Report of the King Institute of Preventive Medicine, Guindy
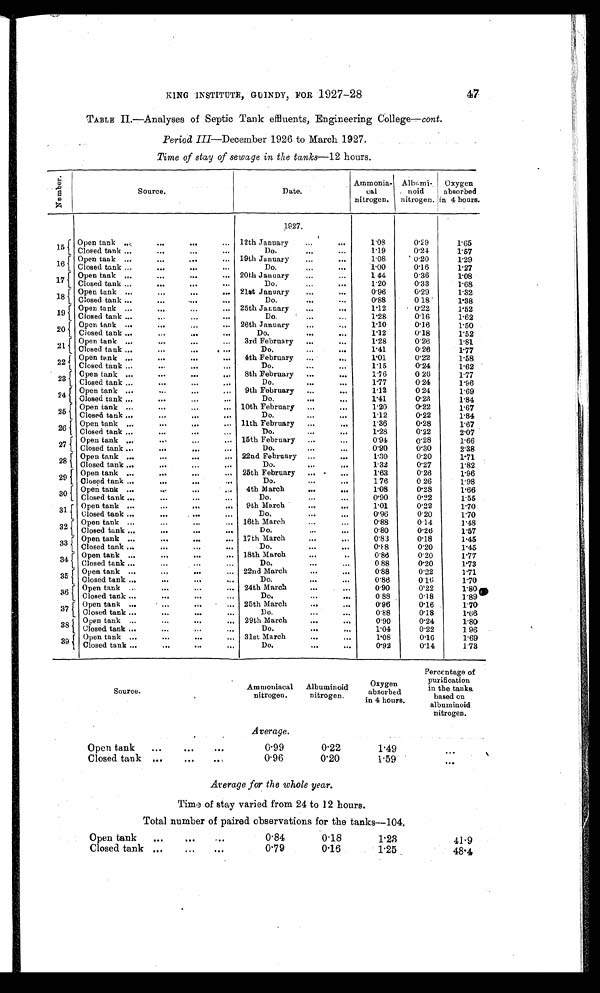
KING INSTITUTE, GUINDY, FOR 1927-28
47
TABLE I1.—Analyses of Septic Tank effluents, Engineering College— cont.
Period III—December 1926 to March 1927.
Time of stay of sewage in the tanks— 12 hours.
N u m b e r .
Source.
Date.
Ammonia-
cal
nitrogen.
Albumi -
noid
nitrogen.
Oxygen
absorbed
in 4 hours.
1927.
1 5
Open tank .,,-,
•••
4414
...
12th January
...
SOS
1.08
0.29
1.65
Closed tank ...
...
...
Do.
..•
...
1.19
0.24
1.57
16
Open tank ...
•••
l ••
...
19th January
...
1,111
1.08
0.20
1.29
Closed tank ...
0,1
1,11
...
Do.
...
•••
1.00
0.16
1.27
1 7 Open tank ...
•••
•••
•••
20th January
...
.•.
1.44
0.36
1.08
Closed tank -
•••
•••
•••
Do,
•••
1.20
0.33
1.68
I
18
Open tank ...
...
... 21st January
...
,„
0.96
0.29
1.32
Closed tank ......
-..•
..
Do.
•••
•••
0.88
0.18
1.38
19
Open tank ...
...
...
25th January
...
123
1 . 1 2 . 0.22
1.52
Closed tank ...
•••
•••
...
Do.
...
...
1 . 2 8 0.16
1.62
20
Open tank ...
•••
...
... 26th January
...
.1.9
1.10
0.16
1.50
Closed tank ...
.••
6•4
Do.
•••
•••
1 . 1 2 0.18
1.52
21
Open tank ...
•••
•••
...
3rd February ...
..•
1.28
0.26
1.81
Closed tank ...
I 40
Do.
...
•••
1.41
0.26
1.77
f
22 Open tank ...
•••
••.
... 4th February -
•••
1 . 0 1 0.22
1.58
Closed tank -
•••
...
...
Do.
...
...
1.15
0.24
1.62
23
Open tank •..
•••
•••
... 8th February ...
•••
1.76
0 26
1.77
Closed tank ...
6941
.,.•
Do.
•••
...
1 . 7 7 0 24
1.96
24
Open tank ...
•..
...
• el
9th February ...
•..,
1.12
0 24
1.69
Closed tank ...
•••
••.
Do.
...
•••
1 . 4 1 0.23
1.84
25
Open tank ...
•••
...
- 10th February ...
.-
1 . 2 0 0.22
1.67
Closed tank ...
...
4•4
•••
Do.
-
•••
1 . 1 2 0.22
1.84
r
26 Open tank ...
.••
.„ 11th February ...
•••
1.36
0.28
1.67
Closed tank -
•.•
..•
...
Do.
...
1 . 2 8 0.22
2.07
27
Open tank ...
...
... 15th February ...
a • e
0.94
0.28
1.66
Closed tank ..,
•••
••.
...
Do.
„.
•..
0.90
0.30
2.38
28 Open tank ...
944
4"
22nd February _
•••
1.30
0.20
1.71
••••
Closed tank ...
.••
...
Do.
...
1 . 3 2 0.27
1.82
29 Open tank ,...
•••
25th February ,.. •
...
1.63
0.26
1.96
Closed tank ,..
•••
•••
,..
Do.
...
...
1 76
0 26
1.98
30
Open tank ...
,.,.
..•
.,.
4th March
••.
...
1 . 0 8 0.28
1.66
Closed tank ...
•••
...
...
Do.
•••
0.90
0.22
1.55
31
Open tank ...
...
•••
9.13
9th March
••,1
•••
1 . 0 1 0.22
1.70
Closed tank ,..
•••
Do.
...
0.96
0.20
1.70
32
Open tank ...
...
... 16th March
...
...
0.88
0 14
1.48
Closed tank -
•••
...
•••
Do.
...
•••
0.80
0.26
1.57
33
r Open tank ...
•••
004
17th March
...
0.83
0.18
1.45
...
Closed tank ...
-
...
Do.
...
•••
...
0.88
0.20
1.45
34 I Open tank ...
4,4
•••
.04
18th March
-
0.88
0.20
1.77
Closed tank -
-
...
.•.
Do.
...
0 88
0.20
1.73
35 I Open tank ...
...
•••
... 22nd March
-
...
0.88
0.22
1.71
Closed tank ...
.••
•••
-
Do.
...
••.
0.86
0.16
1.70
36 I Open tank ...
•••
...
- 24th March
•••
..„
0.90
0.22
1.80
1 Closed tank ...
•••
-
...
Do.
...
••.
0 88
0.18
1.89
„
3`r
Open tank ,..
494
25th March
...
•••
0.96
0.16
1.70
Closed tank ...
t••
•••
•••
Do.
.••
0.88
0.18
1.66
38
I Open tank ...
.••
••• 29th March
•••
•••
0.90
0.24
1.80
I. Closed tank ...
...
...
•••
Do.
•••
P••
1.04
0.22
1 96
39
Open tank -
...
•••
... 31st March
•••
"4
1.08
0.16
1.69
Closed tank ...
n ••
•••
9.1
Do.
000
9•4
0.92
0.14
1.73
Source.
Ammoniacal
nitrogen.
Albuminoid
nitrogen.
Oxygen
absorbed
in 4 hours.
Percentage of
purification
in the tanks,
based on
albuminoid
nitrogen.
Average.
Open tank
...
11.14
• • •
0.99
0.22
1.49
0 • •
Closed tank ...
•••
• • I
0.96
0.20
1.59
.•.
Average for the whole year.
Time of stay varied from 24 to 12 hours.
Total number of paired observations for the tanks—104.
Open tank
...
...
...
0.84
0.18
1.23
41.9
Closed tank ...
...
...
0.79
0.16
1.25
48.4